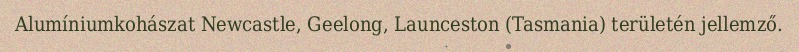
Alumíniumkohászat Newcastle, Geelong, Launceston (Tasmania) területén jellemző.